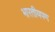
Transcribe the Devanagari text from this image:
भारतीयपण